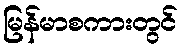
မြန်မာစကားတွင်